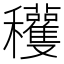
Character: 𥤙